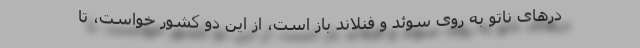
درهای ناتو به روی سوئد و فنلاند باز است، از این دو کشور خواست، تا